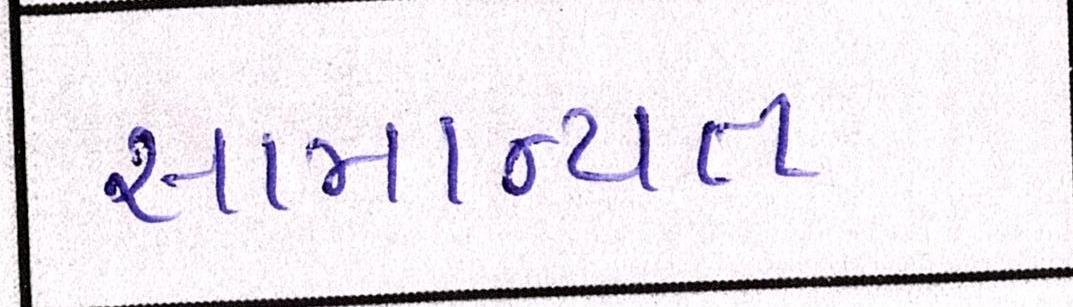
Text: સામાન્યતઃ